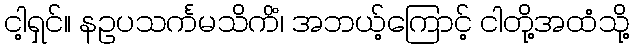
ငါ့ရှင်။ နဥပသင်္ကမသိကိံ၊ အဘယ့်ကြောင့် ငါတို့အထံသို့